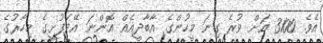
އެވެ. 3100 އަށް ވުރެ ގިނަ މީހުންގެ އާބާދީއެއް އޮންނަ އޭދަފުށީގެ މިހާރުގެ